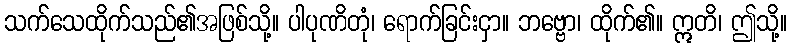
သက်သေထိုက်သည်၏အဖြစ်သို့။ ပါပုဏိတုံ၊ ရောက်ခြင်းငှာ။ ဘဗ္ဗော၊ ထိုက်၏။ ဣတိ၊ ဤသို့။